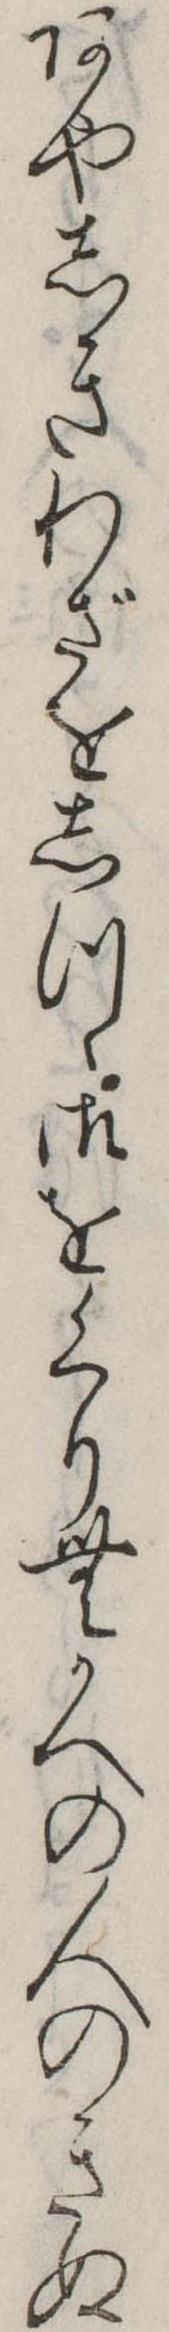
あやしきわざをしつゝ御をくりむかへの人のきぬ